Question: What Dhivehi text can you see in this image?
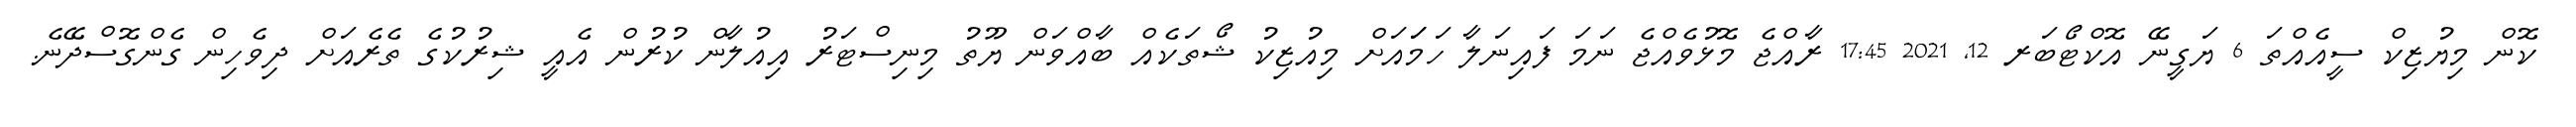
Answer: ކޮން މިޔުޒިކް ސީއެއްތަ 6 ޔަގީނޭ އޮކްޓޯބަރ 12, 2021 17:45 ރާއްޖެ މޮޅުވެއްޖެ ނަމަ ފައިނަލާ ހަމަައަށް މިއުޒިކު ޝޯތަކެއް ބާއްވަން ޔޫތު މިނިސްޓަރު އިއުލާން ކުރުން އެއީ ޝިރުކުގެ ތެރެއަށް ދިވެހިން ގެންގޮސްދޭނެ.